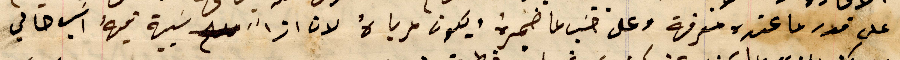
على قدر ما عنده معرفة وعلى حسَب ما ضميرهُ ويكون مرباهُ لان اذاً سَبية فيهُ اسَب حالي